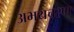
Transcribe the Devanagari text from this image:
अभयचरण